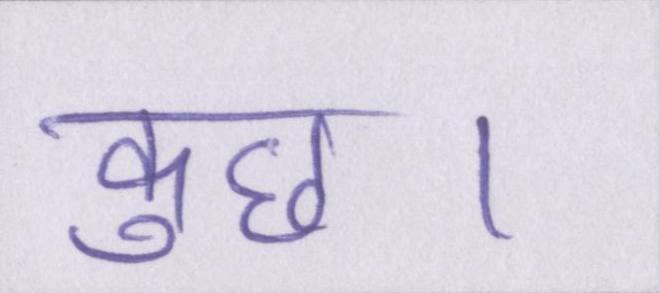
कुछ।